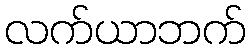
လက်ယာဘက်